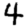
Digit: 4